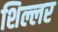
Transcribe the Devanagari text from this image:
शिल्लर